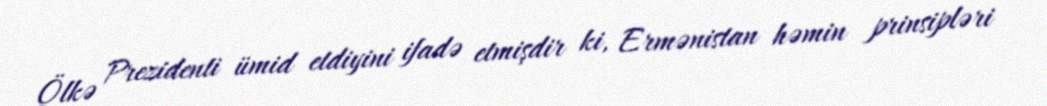
Ölkə Prezidenti ümid etdiyini ifadə etmişdir ki, Ermənistan həmin prinsipləri